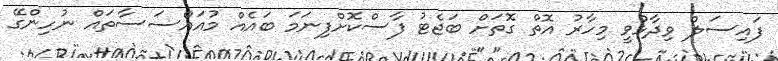
ފައިސަލް ވިދާޅުވީ މިހާރު އޮތް ގޮތަށް ބަޖެޓު ފާސްކޮށްފިނަމަ ބައެއް މުއައްސަސާތައް ނުހިންގޭ